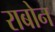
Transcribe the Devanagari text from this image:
राबोन